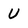
Character: U